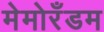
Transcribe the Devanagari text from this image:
मेमोरँडम